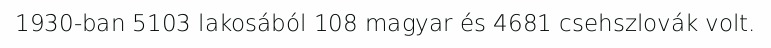
1930-ban 5103 lakosából 108 magyar és 4681 csehszlovák volt.